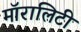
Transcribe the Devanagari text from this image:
मॉरालिटी